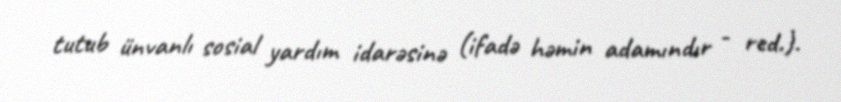
tutub ünvanlı sosial yardım idarəsinə (ifadə həmin adamındır - red.).